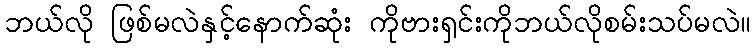
ဘယ်လို ဖြစ်မလဲနှင့်နောက်ဆုံး ကိုဗားရှင်းကိုဘယ်လိုစမ်းသပ်မလဲ။